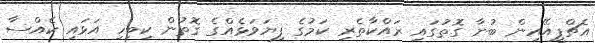
އެޗްޕީއޭއިން ބުނާ ގޮތުގައި ރައްކާތެރި ކަމުގެ ފިޔަވަޅެއްގެ ގޮތުން ކިބިހި އަޅައި ކެއްސާ